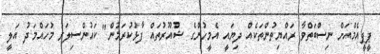
ޕީޕީއެމްއަށް ނިސްބަތްވާ ރައްޔިތުންތަކެއް ދިޔައީ އެމީހުންގެ ޝުއޫރުތައް ފާޅުކުރަމުން" ކައުންސިލަރު މުހައްމަދު އަލީ